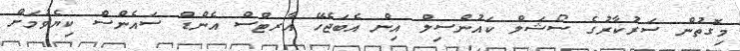
މިގޮތުން ސަރުކާރުގެ ސޯޝަލް ކައުންސިލް އިން އެބަޖެހޭ އާރޓްސް އެންޑް ސައެންސް ކިޔެވުމަށް